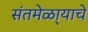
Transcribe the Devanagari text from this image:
संतमेळा्याचे